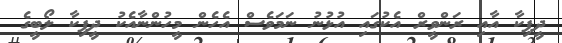
ދީޕިކާ އާއި ރަންވީރް އެކުގައި އުޅުނު ނަމަވެސް އެހެން މީހުންނާއެކު ދީޕިކާ ލޯބީގެ